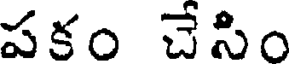
పకం చేసిం